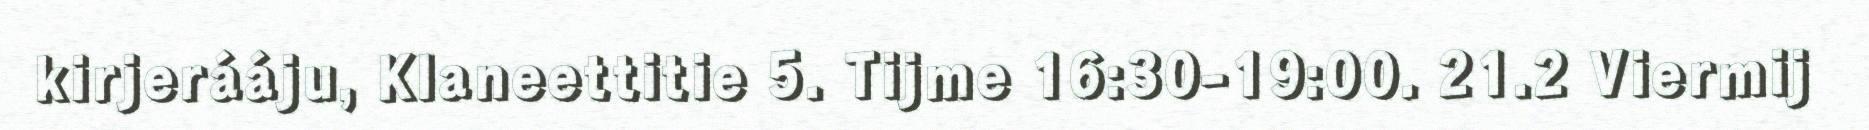
kirjerááju, Klaneettitie 5. Tijme 16:30-19:00. 21.2 Viermij